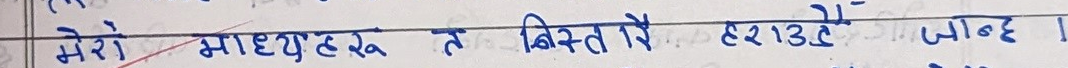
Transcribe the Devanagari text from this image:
माध्ययहरू त बिस्तारै हराउँदै जान्छ ।